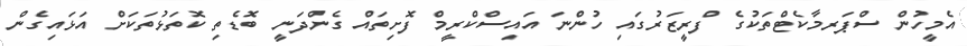
އެމީހުން ސްޕަރމާކެޓްތަކުގެ ފްރީޒަރުގައި ހުންނަ އައިސްކްރީމް ފޮށިތައް ގެންދަނީ ބޮޑެތި ކޮތަޅުތަކަށް އަޅައިގެން